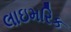
લાઇમરિક